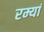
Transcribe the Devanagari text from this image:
रम्यां